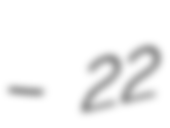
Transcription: – 22